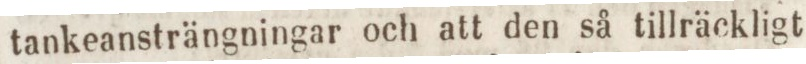
tankeansträngningar och att den så tillräckligt